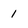
Character: 1